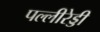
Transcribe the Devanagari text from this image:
पल्लीरेड्डी